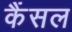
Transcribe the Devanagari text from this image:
कैंसल